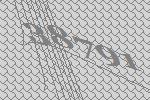
38791